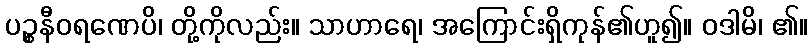
ပဉ္စနီဝရဏေပိ၊ တို့ကိုလည်း။ သာဟာရေ၊ အကြောင်းရှိကုန်၏ဟူ၍။ ဝဒါမိ၊ ၏။